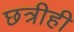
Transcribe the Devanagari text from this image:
छत्रीही